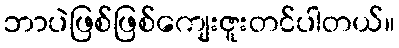
ဘာပဲဖြစ်ဖြစ်ကျေးဇူးတင်ပါတယ်။